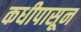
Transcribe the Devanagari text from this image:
कधीपासून